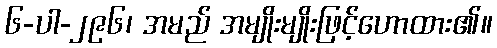
၆-ပါ-၂၉၆၊ အမည် အမျိုးမျိုးဖြင့်ဟောထား၏။